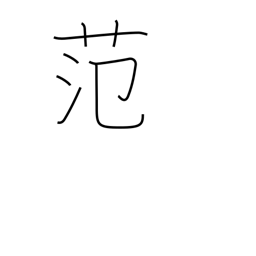
Meaning: casting mould